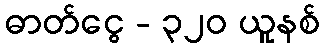
ဓာတ်ငွေ - ၃၂၀ ယူနစ်